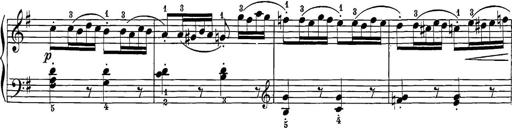
Title: 12 Sonatine per Pianoforte
Composer: Friedrich Kuhlau